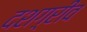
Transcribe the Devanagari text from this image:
दशग़्रीव